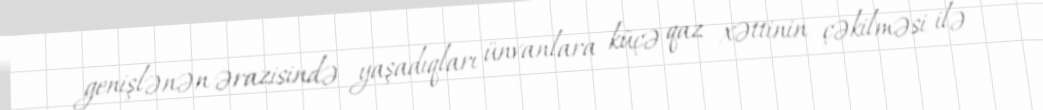
genişlənən ərazisində yaşadıqları ünvanlara küçə qaz xəttinin çəkilməsi ilə